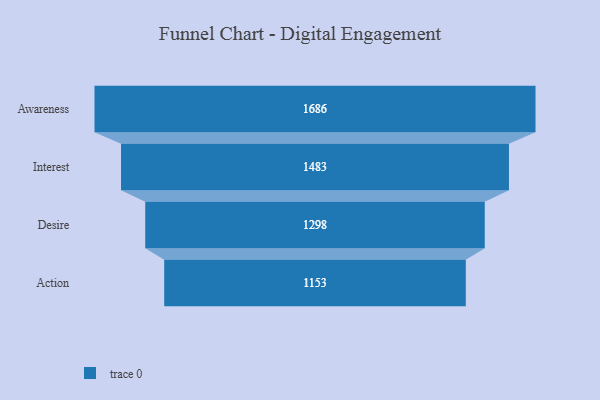
{"axis": {"x": "Stage", "y": "Value"}, "legend": [""], "data": [{"x": "Awareness", "y": 1686.0, "type": ""}, {"x": "Interest", "y": 1483.0, "type": ""}, {"x": "Desire", "y": 1298.0, "type": ""}, {"x": "Action", "y": 1153.0, "type": ""}]}